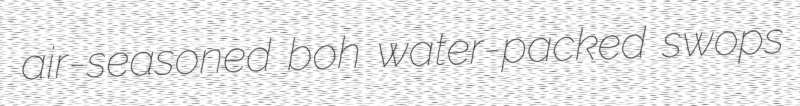
air-seasoned boh water-packed swops